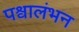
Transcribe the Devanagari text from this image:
पश्वालंभन